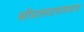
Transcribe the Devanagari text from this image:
सीएलएएसएस